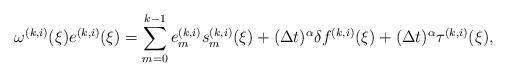
LaTeX: \begin{align*}\omega^{(k,i)}(\xi)e^{(k,i)}(\xi)=\sum_{m=0}^{k-1}e_{m}^{(k,i)}s_{m}^{(k,i)}(\xi)+(\Delta t)^{\alpha}\delta f^{(k,i)}(\xi)+(\Delta t)^{\alpha}\tau^{(k,i)}(\xi),\end{align*}